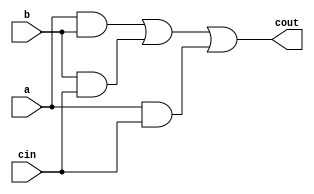
module carry (cout,a,b,cin);
   input a,b,cin;
   output cout;
   wire t1,t2,t3;
   
   and G1(t1,a,b);
   and G2(t2,b,cin);
   and G3(t3,a,cin);
   or G4(cout,t1,t2,t3);
  
endmodule